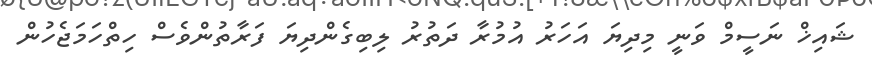
ޝައިޚް ނަސީމް ވަނީ މިދިޔަ އަހަރު އުމުރާ ދަތުރު ލިބިގެންދިޔަ ފަރާތުންވެސް ހިތްހަމަޖެހުން